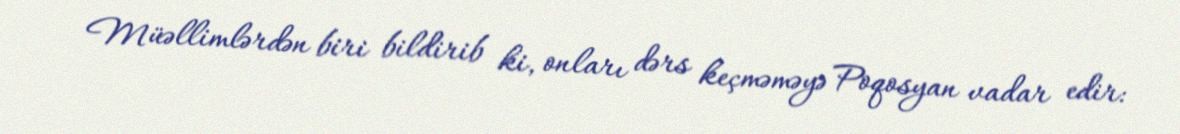
Müəllimlərdən biri bildirib ki, onları dərs keçməməyə Poqosyan vadar edir: